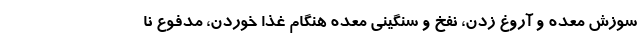
سوزش معده و آروغ زدن، نفخ و سنگینی معده هنگام غذا خوردن، مدفوع نا